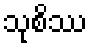
သုစိဿ